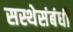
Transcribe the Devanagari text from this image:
सस्थेसंबंधी